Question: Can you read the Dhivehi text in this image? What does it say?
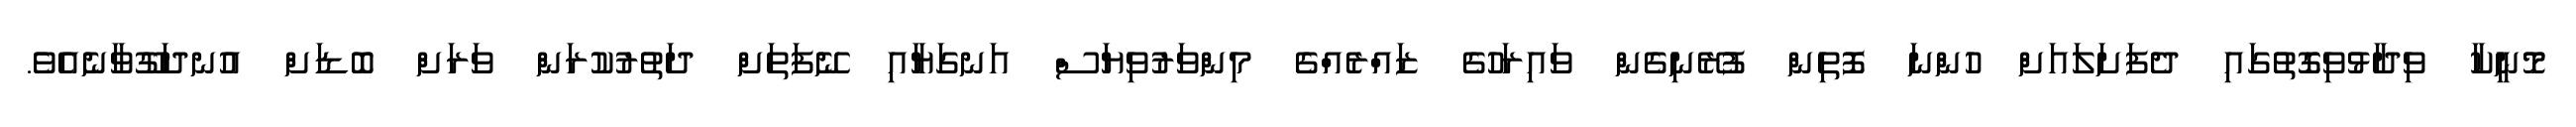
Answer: މޮނީކާ ވިދާޅުވިގޮތުގައި ދެފަށަލައަށް ހުންނަ ފޮތިން ފުރޭނިގެން ވައިރަހުގެ ޒައްރެއްގެ މިންވަރުވިޔަސް އަނގަޔާއި ނޭފަތަށް ދަތުރުކުރަން ވަރަށް ބޮޑަށް އުނދަގޫވާނެއެވެ.